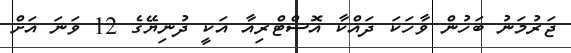
ޖަރުމަނު ބަހުން ވާހަކަ ދައްކާ އޮސްޓްރިއާ އަކީ ދުނިޔޭގެ 12 ވަނަ އަށް